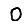
Digit: 0